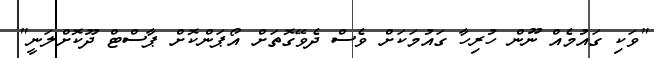
"ވަކި ގައުމެއް ނޫން ހުރިހާ ގައުމަކަށް ވެސް ދެވޭގޮތަށް އޯޕަންކޮށް ޕާސްޓް ދޫކޮށްލަނީ"